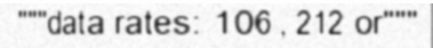
"""data rates: 106 , 212 or"""